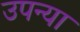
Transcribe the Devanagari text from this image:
उपन्या